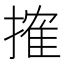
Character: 搉